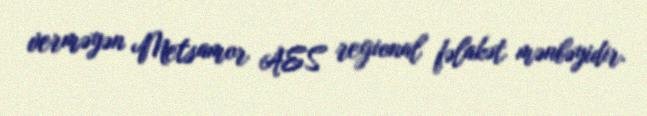
verməyən Metsamor AES regional fəlakət mənbəyidir.